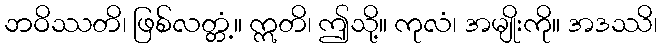
ဘဝိဿတိ၊ ဖြစ်လတ္တံ့။ ဣတိ၊ ဤသို့။ ကုလံ၊ အမျိုးကို။ အဒဿိ၊